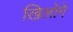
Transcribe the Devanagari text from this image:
खिलोगे